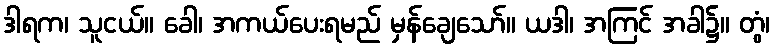
ဒါရက၊ သူငယ်။ ခေါ၊ အကယ်ပေးရမည် မှန်ချေသော်။ ယဒါ၊ အကြင် အခါ၌။ တွံ၊